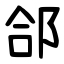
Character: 郃